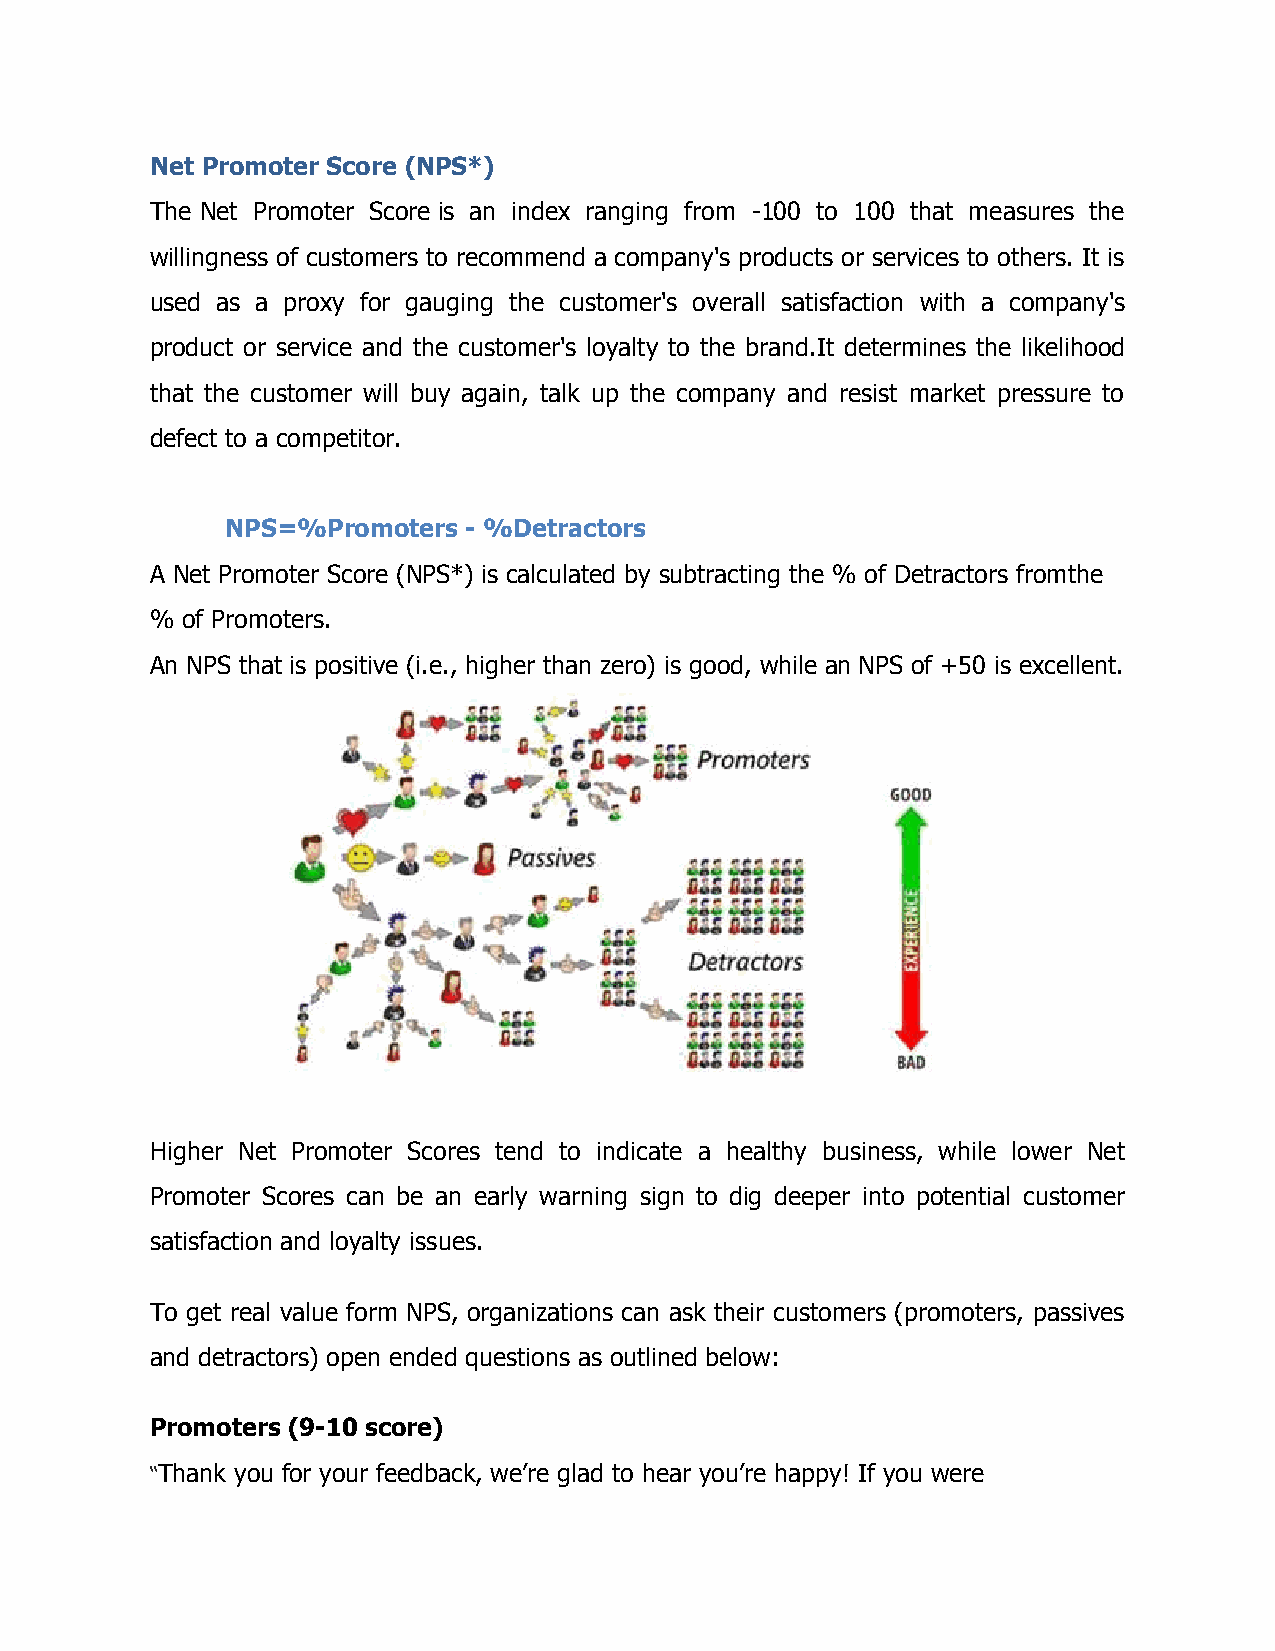
Net Promoter Score (NPS*)
 The Net Promoter Score is an index ranging from -100 to 100 that measures the
 willingness of customers to recommend a company's products or services to others. It is
 used as a proxy for gauging the customer's overall satisfaction with a company's
 product or service and the customer's loyalty to the brand.It determines the likelihood
 that the customer will buy again, talk up the company and resist market pressure to
 defect to a competitor.
 NPS=%Promoters  - %Detractors
 A Net Promoter Score (NPS*) is calculated by subtracting the % of Detractors fromthe
 % of Promoters.
 An NPS that is positive (i.e., higher than zero) is good, while an NPS of +50 is excellent.
 Higher Net Promoter Scores tend to indicate a healthy business, while lower Net
 Promoter Scores can be an early warning sign to dig deeper into potential customer
 satisfaction and loyalty issues.
 To get real value form NPS, organizations can ask their customers (promoters, passives
 and detractors) open ended questions as outlined below:
 Promoters (9-10 score)
 “Thank you for your feedback, we’re glad to hear you’re happy! If you were